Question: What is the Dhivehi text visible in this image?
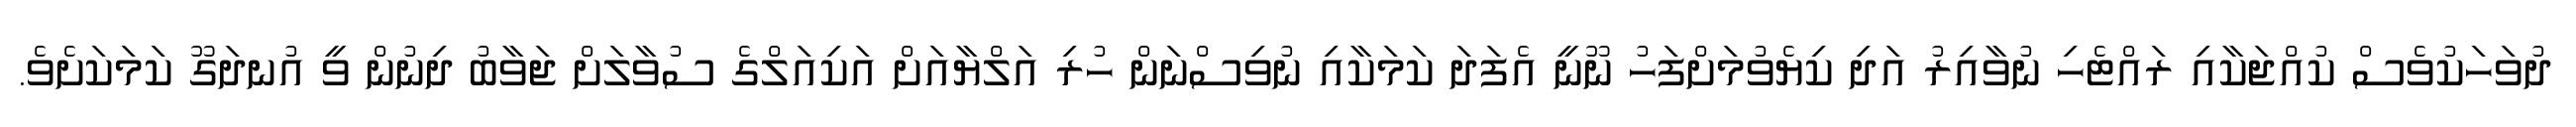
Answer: ދުވަހަކުވެސް ކުއްޖަކާއި ރައްޓެހި ނުވާއިރު އަދި ކިޔެވުމަށްފަހު ނޫނީ އެފަދަ ކަމަކާއި ނުވިސްނަން ހުރި އަލްޔާއަށް އަކިއަލްގެ ސުވާލަށް ޖަވާބު ދިނުން ވީ އުނދަގޫ ކަމަކަށެވެ.